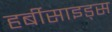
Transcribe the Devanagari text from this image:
हर्बीसाइड्स